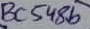
Text: BC548b